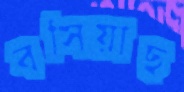
বসিয়াছ